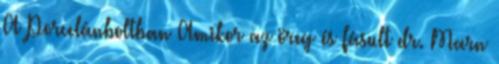
A Porcelánboltban Amikor az öreg és fásult dr. Marn